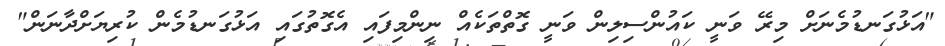
"އަޅުގަނޑުމެނަށް މިރޭ ވަނީ ކައުންސިލިން ވަނީ ގޮތްތަކެއް ނިންމިފައި އެގޮތުގައި އަޅުގަނޑުމެން ކުރިޔަށްދާނަން"